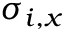
\sigma _ { i , x }